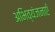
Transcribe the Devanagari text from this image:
अभिव्यंजनाएँ